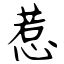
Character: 惹